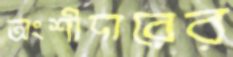
অংশীদারের